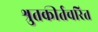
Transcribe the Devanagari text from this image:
श्रुतकीर्तचरित